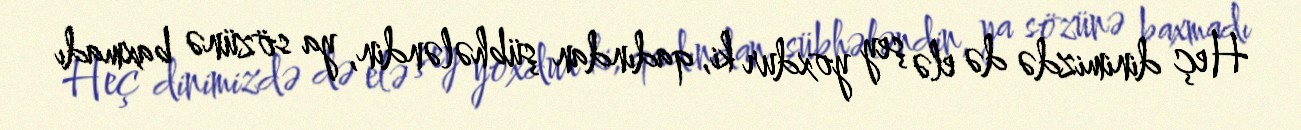
Heç dinimizdə də elə şey yoxdur ki, qadından şübhələndin, ya sözünə baxmadı